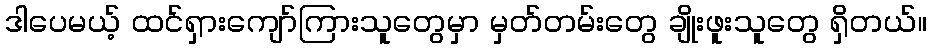
ဒါပေမယ့် ထင်ရှားကျော်ကြားသူတွေမှာ မှတ်တမ်းတွေ ချိုးဖူးသူတွေ ရှိတယ်။